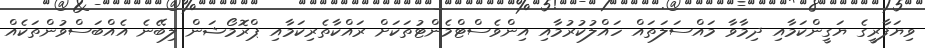
ވިޔަފާރީގެ ޔަގީންކަމާއި ދިމާވާ މައްސަލަތައް ހައްލުކުރުމާއި އިންވެސްޓްމެންޓުތަކަށް ރައްކާތެރިކަމާއި ޕްރޮމޯޝަން ލިބޭނެ އެއްބަސްވުންތަކެއް